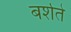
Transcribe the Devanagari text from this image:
बर्शते